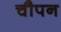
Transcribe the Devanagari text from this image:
चौपन